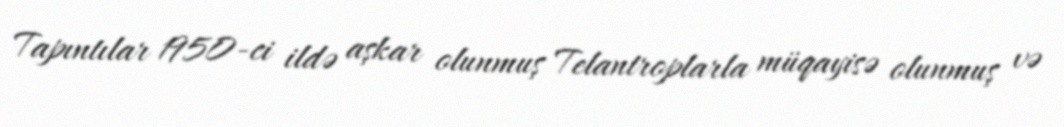
Tapıntılar 1950-ci ildə aşkar olunmuş Telantroplarla müqayisə olunmuş və